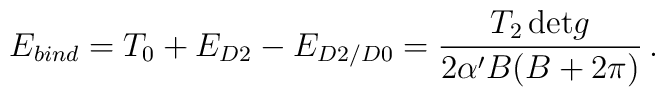
E_{bind}  = T_{0} + E_{D2} - E_{D2/D0} = \frac{T_{2} \, {\rm det} g}{2\alpha' B(B+2\pi)} \, .